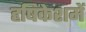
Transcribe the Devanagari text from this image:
हृषिकेशमें